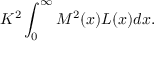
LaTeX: K ^ { 2 } \int _ { 0 } ^ { \infty } M ^ { 2 } ( x ) { \cal L } ( x ) d x .